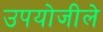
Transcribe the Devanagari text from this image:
उपयोजीले